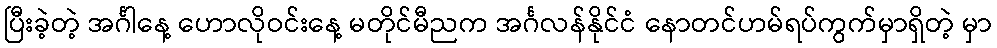
ပြီးခဲ့တဲ့ အင်္ဂါနေ့ ဟောလိုဝင်းနေ့ မတိုင်မီညက အင်္ဂလန်နိုင်ငံ နောတင်ဟမ်ရပ်ကွက်မှာရှိတဲ့ မှာ